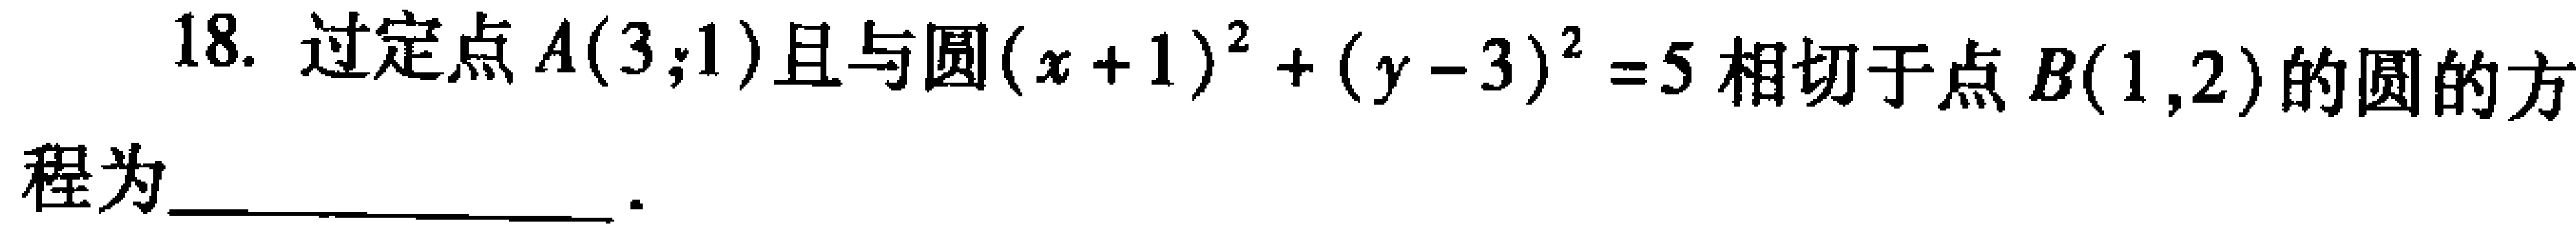
18. 过定点\(A(3,1)\)且与圆\((x + 1)^{2}+(y - 3)^{2}=5\)相切于点\(B(1,2)\)的圆的方程为  。